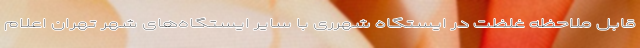
قابل ملاحظه غلظت در ایستگاه شهرری با سایر ایستگاه‌های شهر تهران اعلام